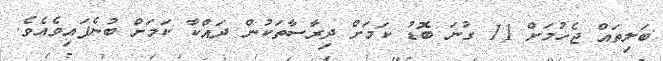
ބަލިތައް ޖެހުމަށް 11 ގުނަ ބޮޑު ކަމަށް ދިރާސާތަކުން ދައްކާ ކަމަށް ބުނެފައިވެއެވެ.